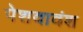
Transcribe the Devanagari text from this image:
पेशवावंश